Subject: cs
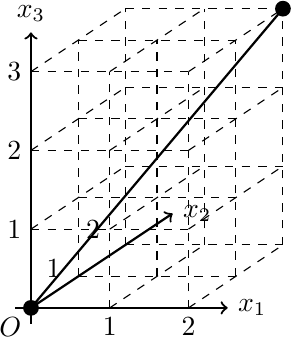
LaTeX code:
\begin{tikzpicture}
\draw [->,thick] (-0.2,0) -- (2.5,0) node [right]{$x_1$};
\draw [->,thick] (0,-0.2) -- (0,3.5) node [above]{$x_3$};
\draw [->,thick] (0,0) -- (1.8,1.2) node [right]{$x_2$};

\fill[black](0,0)circle(0.1);    %(0,0,0)
\fill[black](3.2,3.8)circle(0.1);   %(2,2,3)
\draw [black, thick] (0,0) -- (3.2,3.8);

\draw [dashed] (1.2,0.8)--(3.2,0.8);   %(0,2,0)-(2,2,0)
\draw [dashed] (0.6,0.4)--(2.6,0.4);   %(0,1,0)-(2,1,0)
\draw [dashed] (2,0)--(3.2,0.8);       %(2,0,0)-(2,2,0)
\draw [dashed] (1,0)--(2.2,0.8);       %(1,0,0)-(1,2,0)

\draw [dashed] (1.2,1.8)--(3.2,1.8);   %(0,2,1)-(2,2,1)
\draw [dashed] (0.6,1.4)--(2.6,1.4);   %(0,1,1)-(2,1,1)
\draw [dashed] (0,1)--(2,1);           %(0,0,1)-(2,0,1)
\draw [dashed] (2,1)--(3.2,1.8);       %(2,0,1)-(2,2,1)
\draw [dashed] (1,1)--(2.2,1.8);       %(1,0,1)-(1,2,1)
\draw [dashed] (0,1)--(1.2,1.8);       %(0,0,1)-(0,2,1)

\draw [dashed] (1.2,2.8)--(3.2,2.8);   %(0,2,2)-(2,2,2)
\draw [dashed] (0.6,2.4)--(2.6,2.4);   %(0,1,2)-(2,1,2)
\draw [dashed] (0,2)--(2,2);           %(0,0,2)-(2,0,2)
\draw [dashed] (2,2)--(3.2,2.8);       %(2,0,2)-(2,2,2)
\draw [dashed] (1,2)--(2.2,2.8);       %(1,0,2)-(1,2,2)
\draw [dashed] (0,2)--(1.2,2.8);       %(0,0,2)-(0,2,2)

\draw [dashed] (1.2,3.8)--(3.2,3.8);   %(0,2,3)-(2,2,3)
\draw [dashed] (0.6,3.4)--(2.6,3.4);   %(0,1,3)-(2,1,3)
\draw [dashed] (0,3)--(2,3);           %(0,0,3)-(2,0,3)
\draw [dashed] (2,3)--(3.2,3.8);       %(2,0,3)-(2,2,3)
\draw [dashed] (1,3)--(2.2,3.8);       %(1,0,3)-(1,2,3)
\draw [dashed] (0,3)--(1.2,3.8);       %(0,0,3)-(0,2,3)

\draw [dashed] (0.6,0.4)--(0.6,3.4);    %(0,1,0)-(0,1,3)
\draw [dashed] (1.2,0.8)--(1.2,3.8);    %(0,2,0)-(0,2,3)

\draw [dashed] (1,0)--(1,3);           %(1,0,0)-(1,0,3)
\draw [dashed] (1.6,0.4)--(1.6,3.4);   %(1,1,0)-(1,1,3)
\draw [dashed] (2.2,0.8)--(2.2,3.8);   %(1,2,0)-(1,2,3)

\draw [dashed] (2,0)--(2,3);           %(2,0,0)-(2,0,3)
\draw [dashed] (2.6,0.4)--(2.6,3.4);   %(2,1,0)-(2,1,3)
\draw [dashed] (3.2,0.8)--(3.2,3.8);   %(2,2,0)-(2,2,3)

\draw (0,0)node[below left]{$O$};
\draw (1,0)node[below]{$1$}; %x_1の1
\draw (2,0)node[below]{$2$}; %x_1の2
\draw (0.5,0.5)node[left]{$1$}; %x_2の1
\draw (1,1)node[left]{$2$}; %x_2の2
\draw (0,2)node[left]{$2$}; %x_3の2
\draw (0,1)node[left]{$1$}; %x_3の2
\draw (0,3)node[left]{$3$}; %x_3の3
\end{tikzpicture}